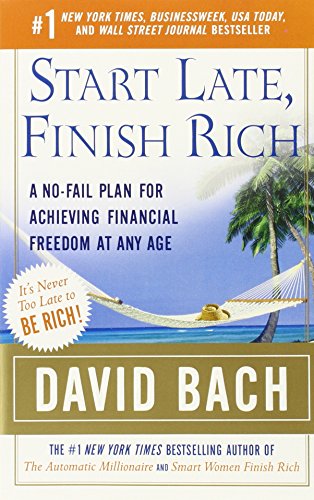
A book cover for Start Late, Finish Rich: A No-Fail Plan for Achieving Financial Freedom at Any Age (Finish Rich Book Series); David Bach; Business & Money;